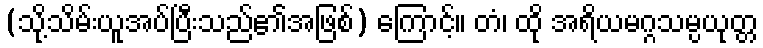
(သို့သိမ်းယူအပ်ပြီးသည်၏အဖြစ်) ကြောင့်။ တံ၊ ထို အရိယမဂ္ဂသမ္ပယုတ္တ